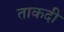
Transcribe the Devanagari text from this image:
ताकदी